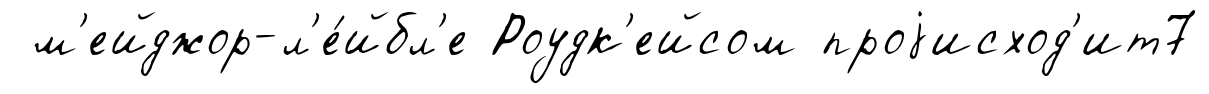
м'ейджор-л'е́йбл'е Роудк'ейсом проjисход'ит7